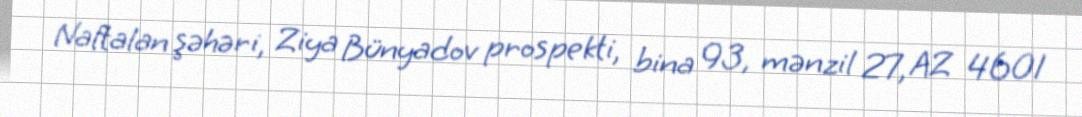
Naftalan şəhəri, Ziya Bünyadov prospekti, bina 93, mənzil 27, AZ 4601